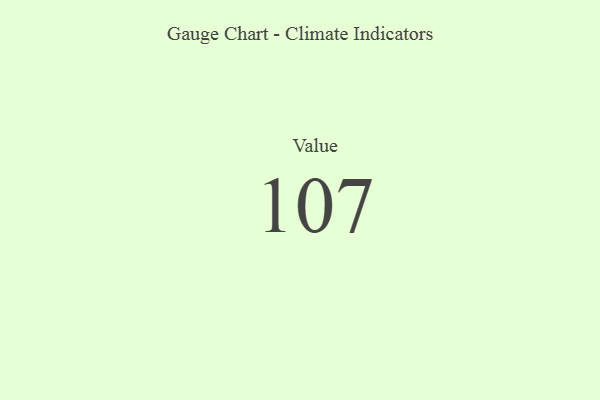
{"axis": {"x": "Metric", "y": "Value"}, "legend": [""], "data": [{"x": "Value", "y": 107, "type": ""}]}